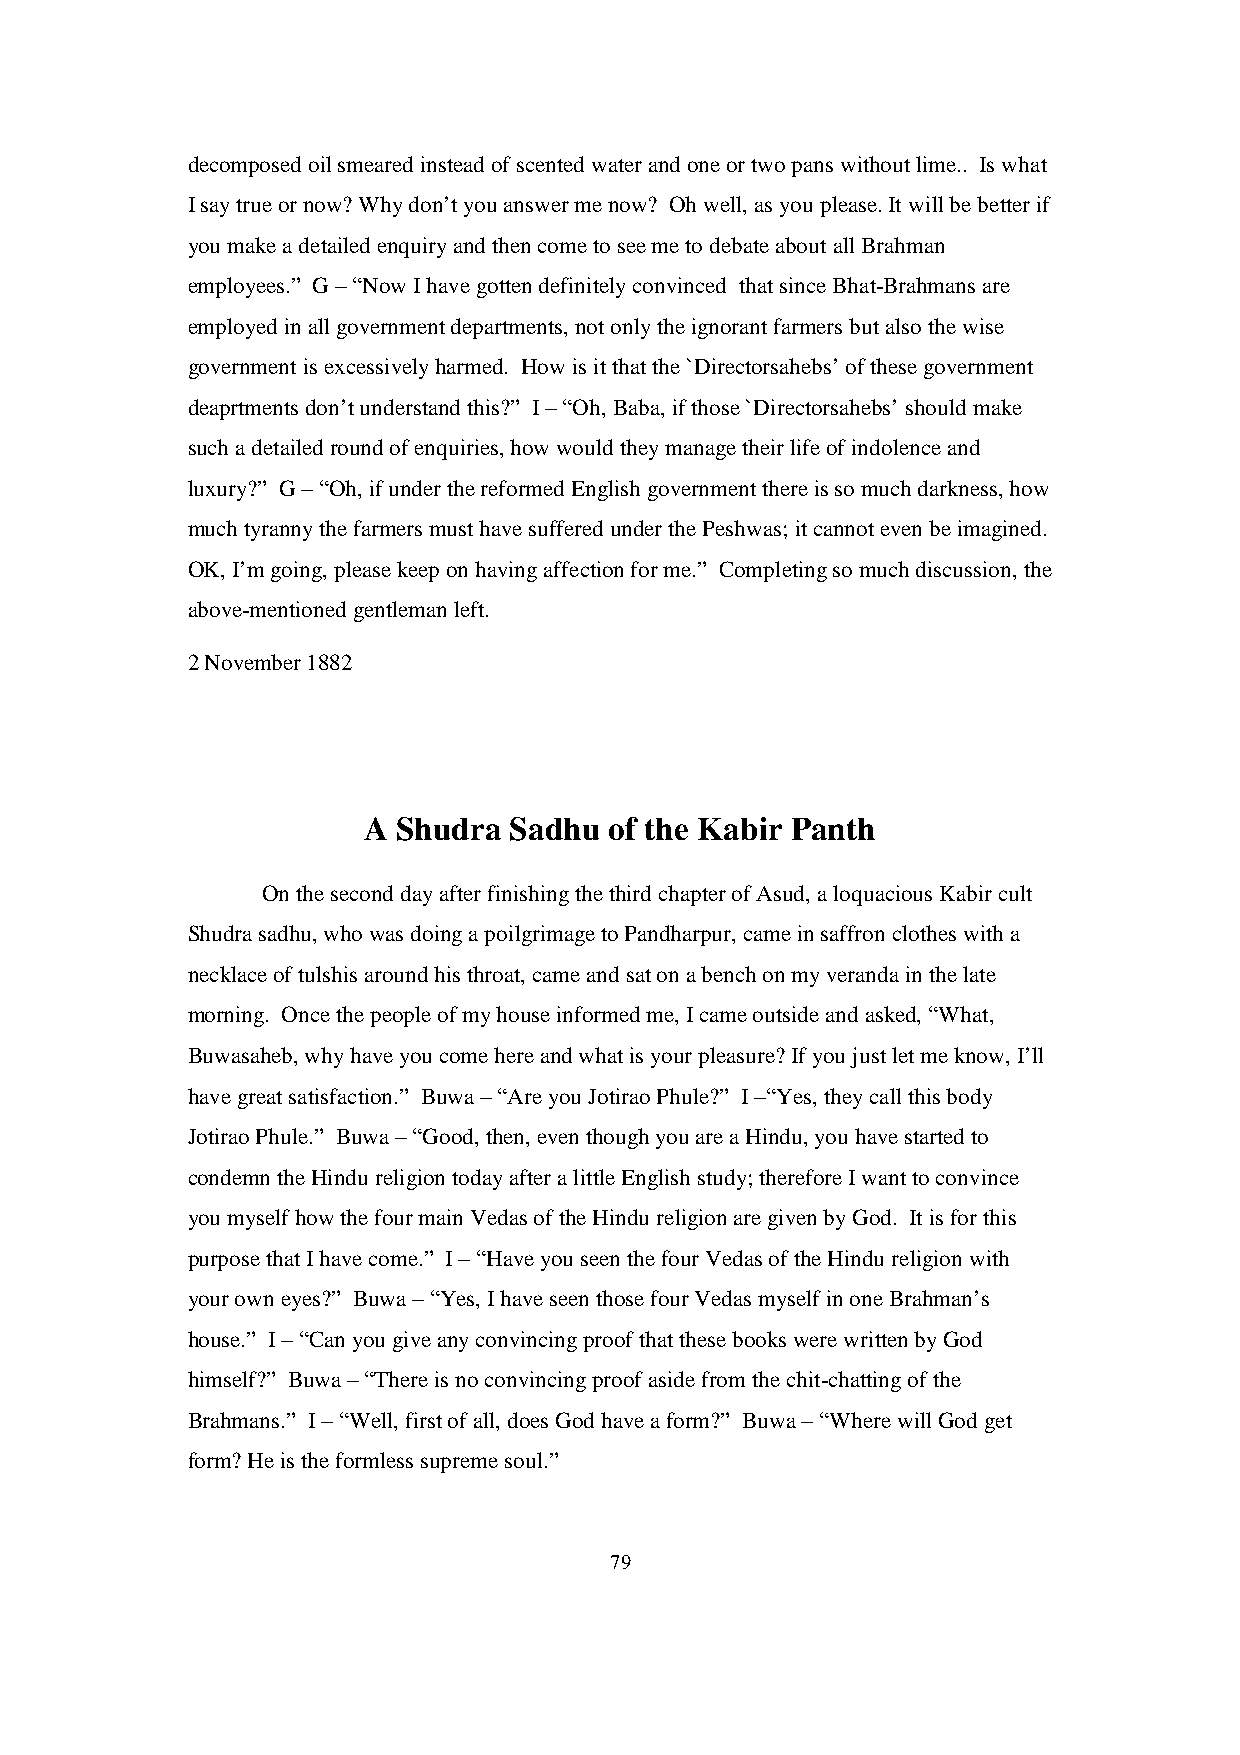
decomposed oil smeared instead of scented water and one or two pans without lime.. Is what
 I say true or now? Why don’t you answer me now? Oh well, as you please. It will be better if
 you make a detailed enquiry and then come to see me to debate about all Brahman
 employees.” G – “Now I have gotten definitely convinced that since Bhat-Brahmans are
 employed in all government departments, not only the ignorant farmers but also the wise
 government is excessively harmed. How is it that the `Directorsahebs’ of these government
 deaprtments don’t understand this?” I – “Oh, Baba, if those `Directorsahebs’ should make
 such a detailed round of enquiries, how would they manage their life of indolence and
 luxury?” G – “Oh, if under the reformed English government there is so much darkness, how
 much tyranny the farmers must have suffered under the Peshwas; it cannot even be imagined.
 OK, I’m going, please keep on having affection for me.” Completing so much discussion, the
 above-mentioned gentleman left.
 2 November 1882
 A Shudra  Sadhu of the Kabir Panth
 On the second day after finishing the third chapter of Asud, a loquacious Kabir cult
 Shudra sadhu, who was doing a poilgrimage to Pandharpur, came in saffron clothes with a
 necklace of tulshis around his throat, came and sat on a bench on my veranda in the late
 morning. Once the people of my house informed me, I came outside and asked, “What,
 Buwasaheb, why have you come here and what is your pleasure? If you just let me know, I’ll
 have great satisfaction.” Buwa – “Are you Jotirao Phule?” I –“Yes, they call this body
 Jotirao Phule.” Buwa – “Good, then, even though you are a Hindu, you have started to
 condemn the Hindu religion today after a little English study; therefore I want to convince
 you myself how the four main Vedas of the Hindu religion are given by God. It is for this
 purpose that I have come.” I – “Have you seen the four Vedas of the Hindu religion with
 your own eyes?” Buwa – “Yes, I have seen those four Vedas myself in one Brahman’s
 house.” I – “Can you give any convincing proof that these books were written by God
 himself?” Buwa – “There is no convincing proof aside from the chit-chatting of the
 Brahmans.” I – “Well, first of all, does God have a form?” Buwa – “Where will God get
 form? He is the formless supreme soul.”
 79